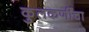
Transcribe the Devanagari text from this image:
कुलकर्णींचा